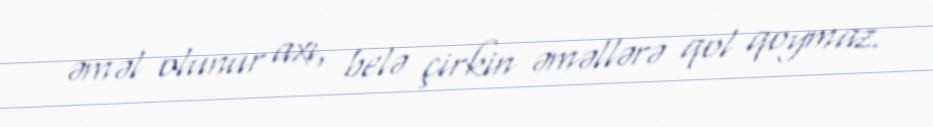
əməl olunur axı, belə çirkin əməllərə qol qoymaz.